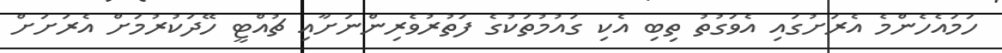
ހަމައެހެންމެ އެރަށުގައި އެވަގުތު ތިބި އެކި ގައުމުތަކުގެ ފަތުރުވެރިންނަށާއި ޗުއްޓީ ހޭދަކުރުމަށް އެރަށަށް